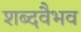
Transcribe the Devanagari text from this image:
शब्दवैभव